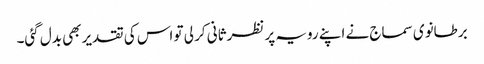
برطانوی سماج نے اپنے رویہ پر نظرثانی کر لی تو اس کی تقدیر بھی بدل گئی۔